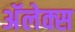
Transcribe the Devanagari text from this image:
अॅलेक्स